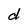
Character: d